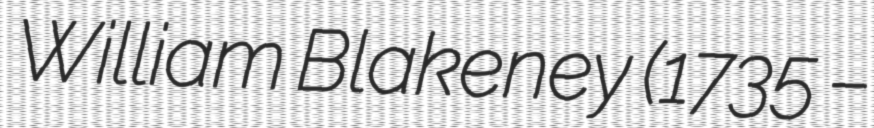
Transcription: William Blakeney (1735 –